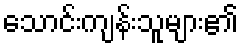
သောင်းကျန်းသူများ၏